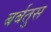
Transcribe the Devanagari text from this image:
बर्बतुस